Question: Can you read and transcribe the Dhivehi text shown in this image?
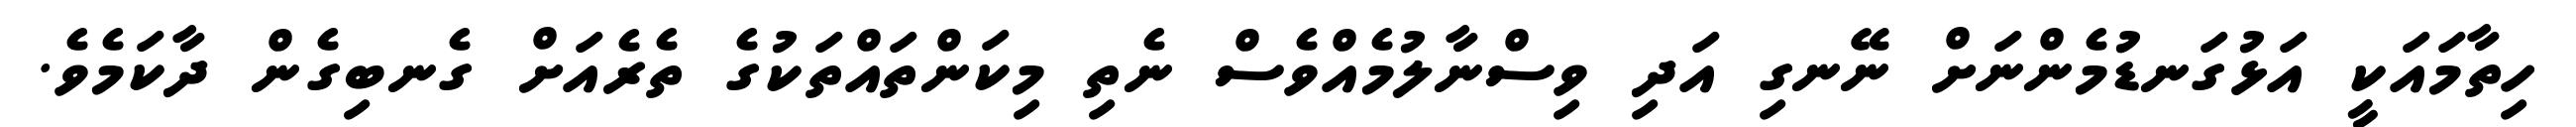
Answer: ހިތާމައަކީ އަޅުގަނޑުމެންނަށް ނޭނގި އަދި ވިސްނާލުމެއްވެސް ނެތި މިކަންތައްތަކުގެ ތެރެއަށް ގެނބިގެން ދާކަމެވެ.